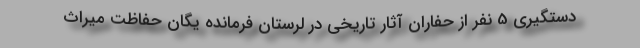
دستگیری 5 نفر از حفاران آثار تاریخی در لرستان فرمانده یگان حفاظت میراث